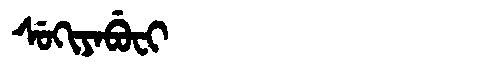
Manchu: ᠰᡠᡴᡳᠶᠠᠪᡠᠸᡳ
Romanization: SUKIYABUFI